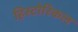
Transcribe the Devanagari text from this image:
हिस्‍टोरिकल